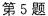
第5题